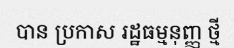
បាន ប្រកាស រដ្ឋធម្មនុញ្ញ ថ្មី